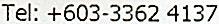
TEL: +603-3362 4137